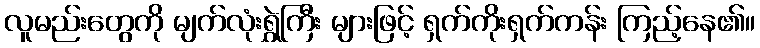
လူမည်းတွေကို မျက်လုံးရွှဲကြီး များဖြင့် ရှက်ကိုးရှက်ကန်း ကြည့်နေ၏။